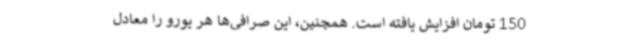
150 تومان افزایش یافته است. همچنین، این صرافی‌ها هر یورو را معادل